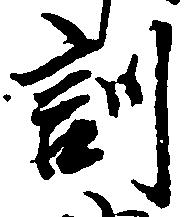
訓